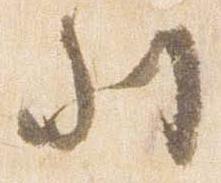
列